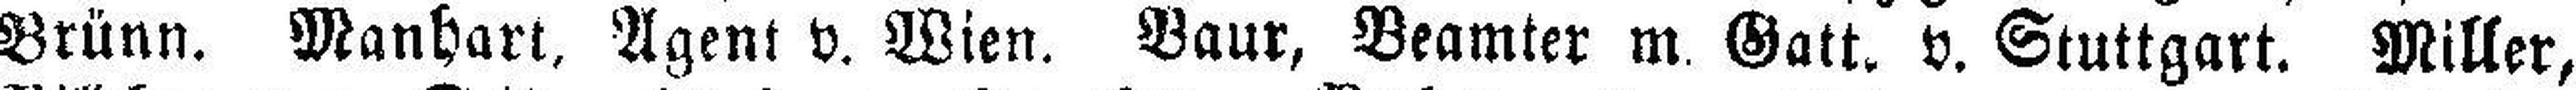
Brünn. Manhart, Agent v. Wien. Baur, Beamter m. Gatt. v. Stuttgart. Miller,